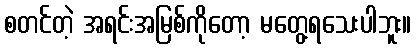
စတင်တဲ့ အရင်းအမြစ်ကိုတော့ မတွေ့ရသေးပါဘူး။